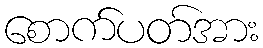
စောက်ပတ်အား